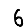
Digit: 6